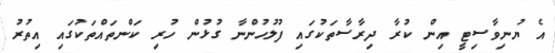
އެ ޔުނިވާސިޓީ އިން ކުރާ ދިރާސާތަކުގައި ފުލުހުންނާ ގުޅުން ހުރި ކަންތައްތަކުގައި އިތުރު